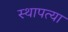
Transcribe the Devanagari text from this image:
स्थापत्या